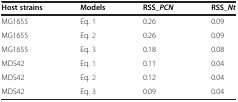
<table><thead><tr><td><b>Host strains</b></td><td><b>Models</b></td><td><b>RSS_<i>PCN</i></b></td><td><b>RSS_<i>Nt</i></b></td></tr></thead><tbody><tr><td>MG1655</td><td>Eq. 1</td><td>0.26</td><td>0.09</td></tr><tr><td>MG1655</td><td>Eq. 2</td><td>0.26</td><td>0.09</td></tr><tr><td>MG1655</td><td>Eq. 3</td><td>0.18</td><td>0.08</td></tr><tr><td>MDS42</td><td>Eq. 1</td><td>0.11</td><td>0.04</td></tr><tr><td>MDS42</td><td>Eq. 2</td><td>0.12</td><td>0.04</td></tr><tr><td>MDS42</td><td>Eq. 3</td><td>0.09</td><td>0.04</td></tr></tbody></table>